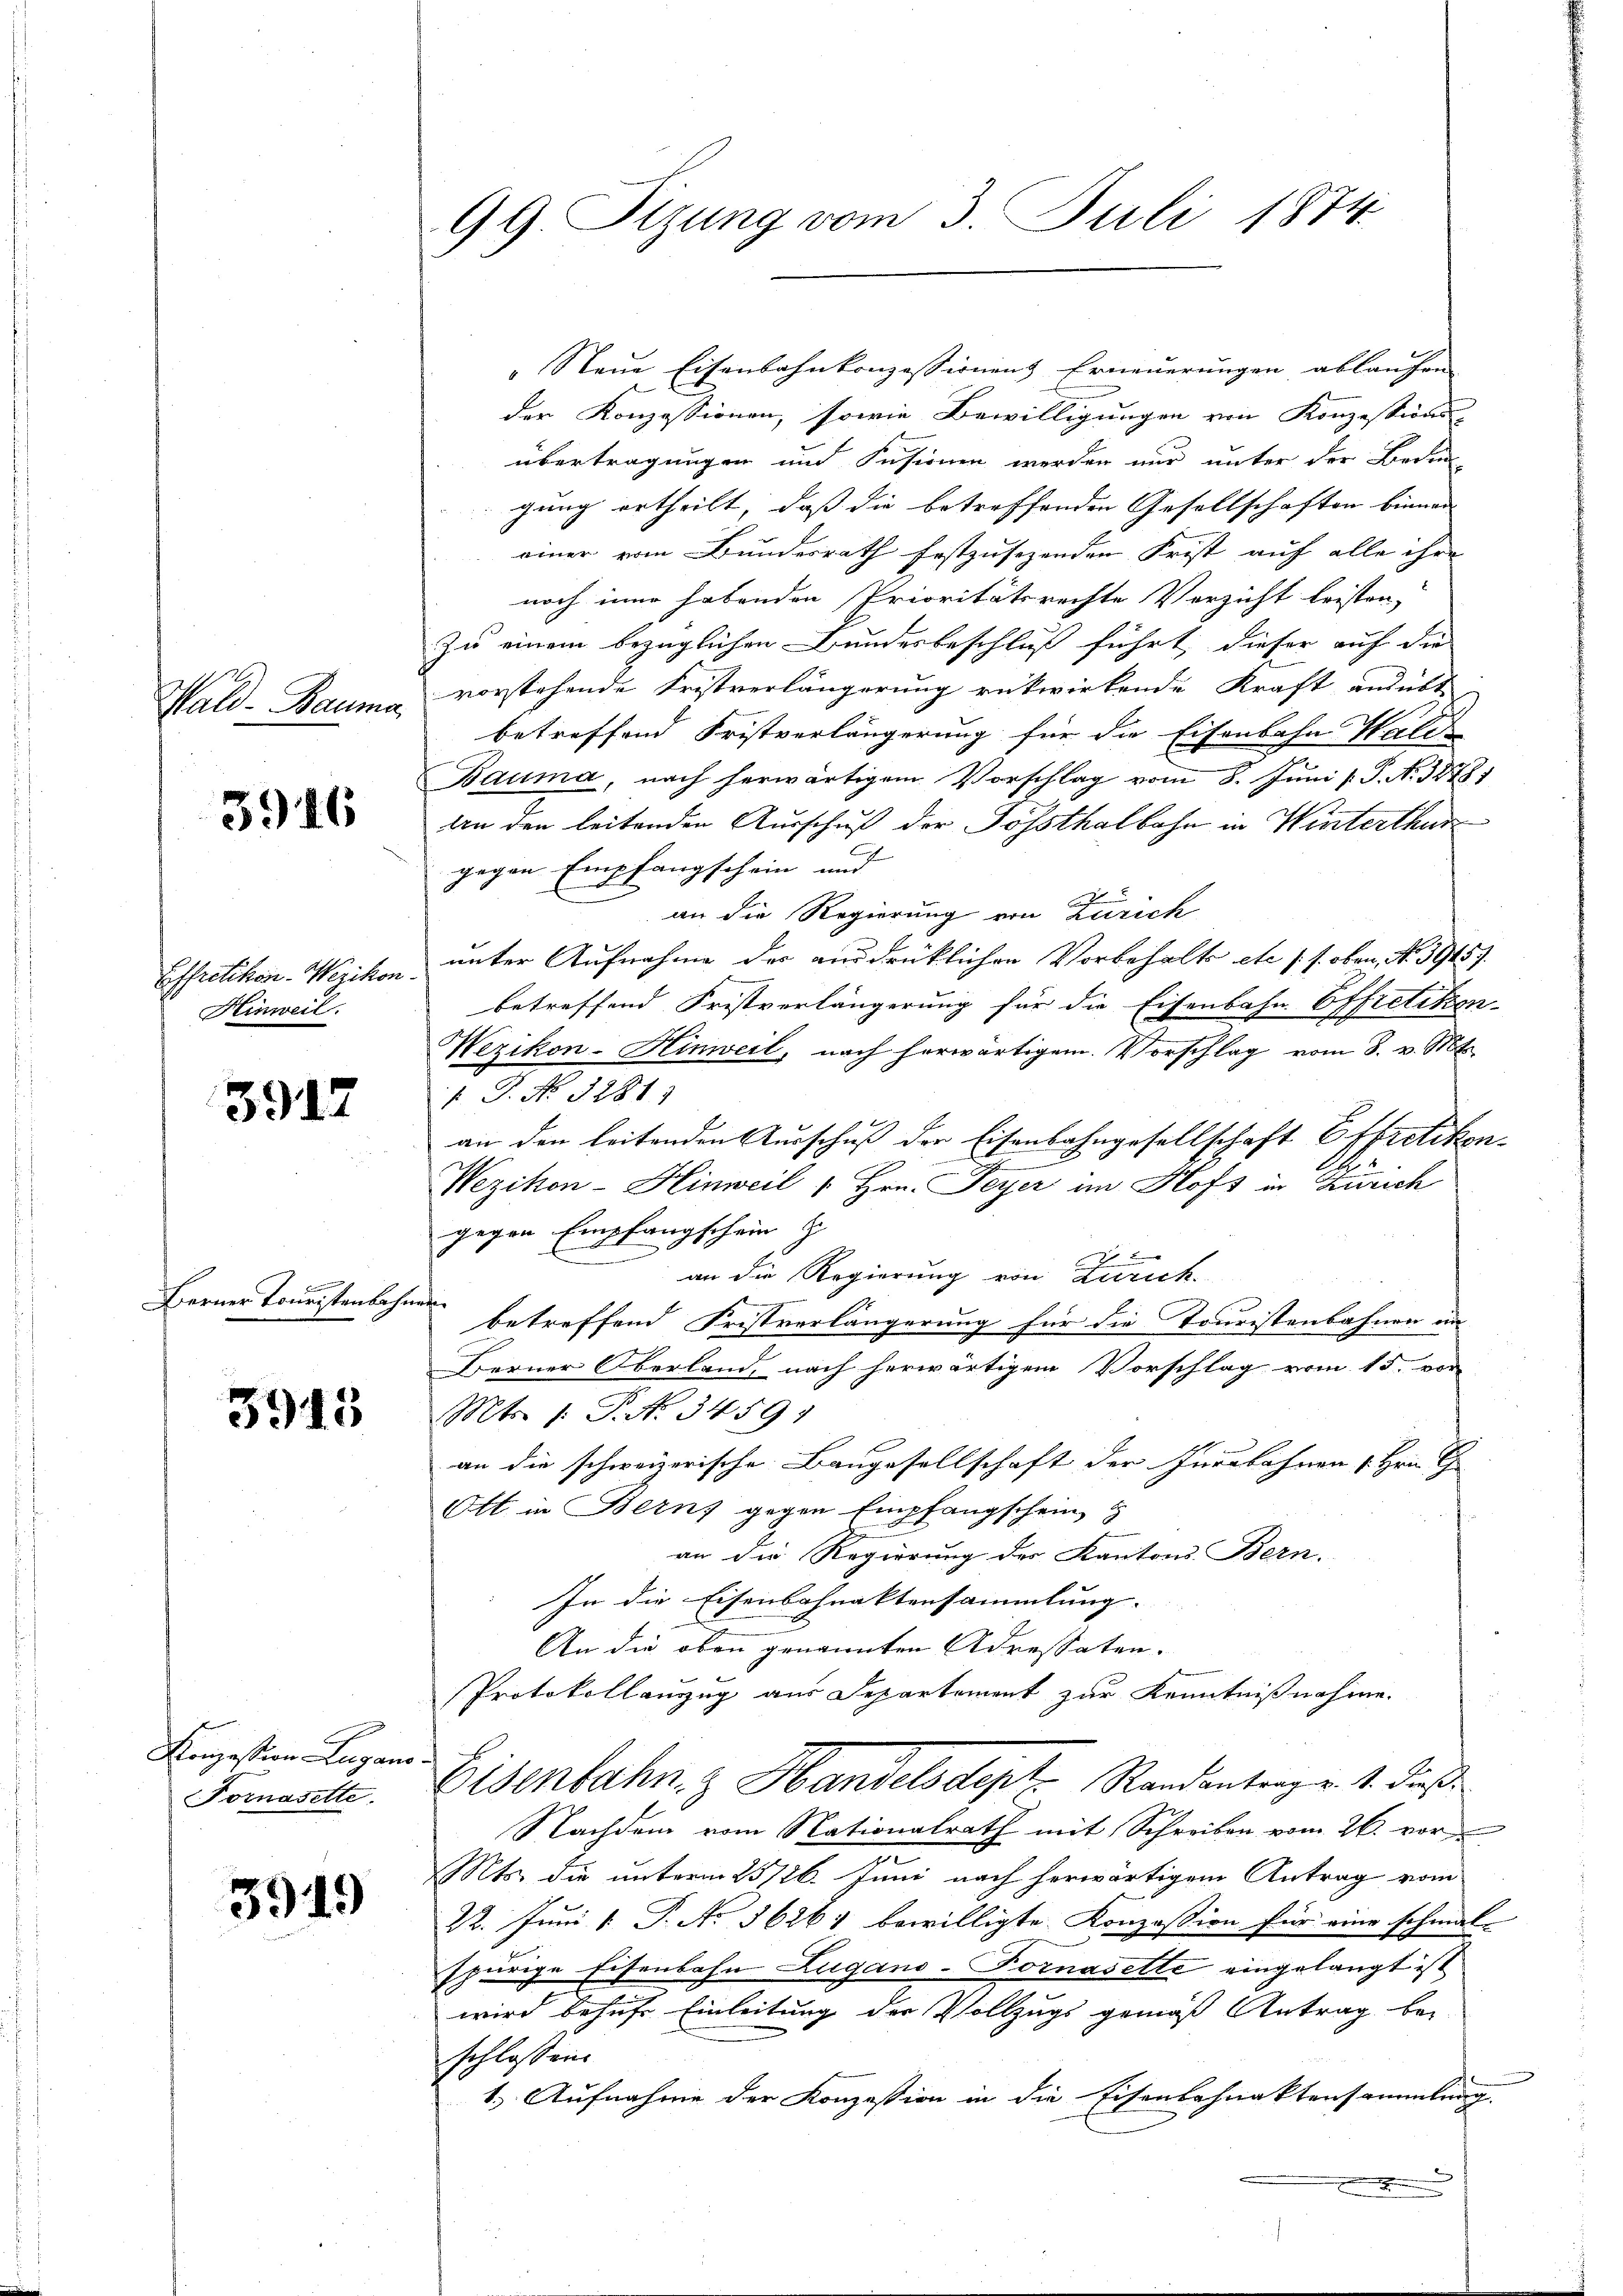
Mal. Seinen

3946

Effretikon-Werikon.
Hinweil.

3917

Berner Touristenbahne

3943

Konzession Lugano
Fornaselte.

3919

99. Sitzung vom 3. Juli 1874

s

" Neue Eisenbahnkonzessionens Erneuerungen ablaufen
der Konzessionen, sowie Bewilligungen von Konzessions-
übertragungen und Fusionen werden nur unter der Beden
gung ertheilt, daß die betreffenden Gesellschaften binnen |
einer vom Bundesrath festzusetzenden Frist auf alle ihre
noch inne habenden Prioritätsrechte Verzicht leisten,
zu einem bezüglichen Bundesbeschluß führt, dieser auf die
vorstehende Fristverlängerung rükwirkende Kraft ausübt
betreffend Fristverlängerung für die Eisenbahn Halt
Bauma, nach herwärtigem Vorschlag vom 8. Juni /: P. No. 32781
An den leitenden Ausschuß der Sössthalbahn in Winterthur
gegen Empfangschein und |
an die Regierung von Zürich
unter Aufnahme des ausdrücklichen Vorbehalts etc. (s. oben, No. 59457.
betreffend Fristverlängerung für die Eisenbahn Effretikon-
Wezikon-Hinweil, nach herwärtigem Vorschlag vom 8. v. Mts.
P.P. No. 32811
an den leitenden Ausschuß der Eisenbahngesellschaft Effretikon
Wezikon-Hinweil " Hrn. Feyer im Hofs in Zürich
gegen Empfangschein
t
an die Regierung von Zürich.
betreffend Fristverlängerung für die Touristenbahnen in
Berner Oberland, nach herwärtigem Vorschlag vom 15. vor
Mts. 1. P. No 3459.
an die schweizerische Baugesellschaft der Ineebahnen Hrn. Ge
Ott in Bern gegen Empfangschein
an die Regierung der Kantons Bern.
In die Eisenbahnaktensammlung.
An die oben genannten Adressaten.
Protokollanzug aus Separtement zur Kenntnißnahme.
Eisenbahn. z Handelsdept. Randantenz v. 1. dieß
Nachdem vom Nationalrath mit Schreiben vom 26. vor
Mts. die unterm 25726. Juni nach herwärtigem Antrag vom
22. Juni [ P. No 36261 bewilligte Konzession für eine schmal-
spurige Eisenbahn Zugano-Fornasette eingelangt ist.
wird behufe Einleitung der Vollzugs gemäß Antrag bei
schlossen.
1.) Aufnahme der Konzession in die Eisenbahnaktensammlung.
.